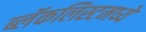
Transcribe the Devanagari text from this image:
ब्लॅकलिस्टमध्ये